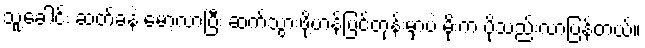
သူ့ခေါင်း ဆတ်ခနဲ မော့လာပြီး ဆက်သွားဖို့ဟန်ပြင်တုန်းမှာပဲ မိုးက ပိုသည်းလာပြန်တယ်။